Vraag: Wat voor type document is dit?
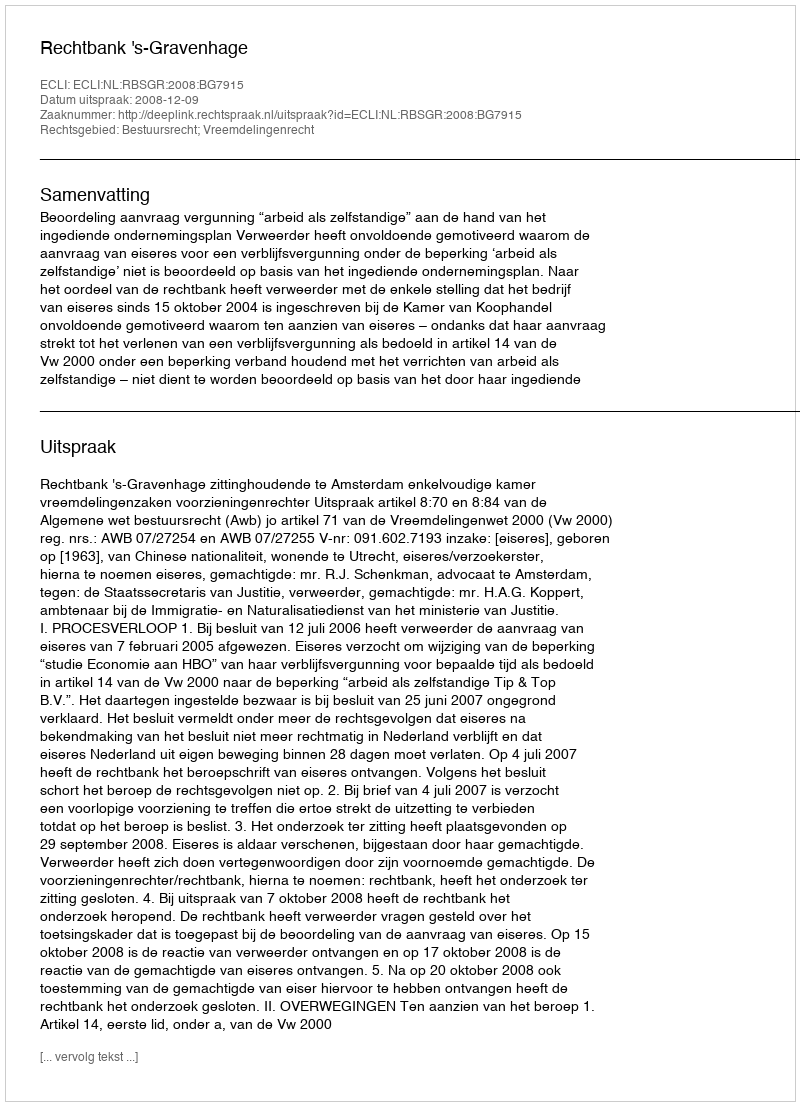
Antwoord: Uitspraak